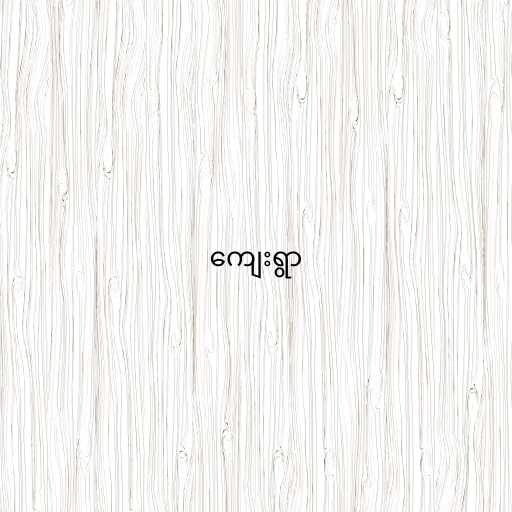
ကျေးရွာ